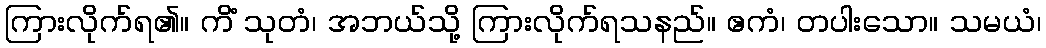
ကြားလိုက်ရ၏။ ကိံ သုတံ၊ အဘယ်သို့ ကြားလိုက်ရသနည်။ ဧကံ၊ တပါးသော။ သမယံ၊